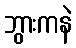
ဘွားကနဲ